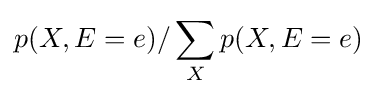
p(X,E=e)/\sum _{X}p(X,E=e)